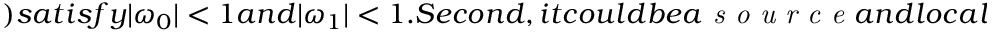
) s a t i s f y | \omega _ { 0 } | < 1 a n d | \omega _ { 1 } | < 1 . S e c o n d , i t c o u l d b e a \textit { s o u r c e } a n d l o c a l l y u n s t a b l e i f e i g e n v a l u e s s a t i s f y | \omega _ { 0 } | > 1 a n d | \omega _ { 1 } | > 1 . T h i r d , a f i x e d p o i n t c o u l d b e a \textit { s a d d l e } i f o n e o f t h e a b s o l u t e v a l u e s o f t h e e i g e n v a l u e s i s g r e a t e r t h a n 1 w h i l e t h e o t h e r i s s m a l l e r t h a n 1 . A t l a s t , a f i x e d p o i n t c o u l d b e \textit { n o n - h y p e r b o l i c } i f o n e o f t h e a b s o l u t e v a l u e s o f t h e e i g e n v a l u e s i s e q u a l t o 1 . T h e s t a b i l i t y o f a n o n - h y p e r b o l i c f i x e d p o i n t i s f r a g i l e